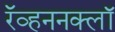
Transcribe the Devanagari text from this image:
रॅव्हननक्लॉ